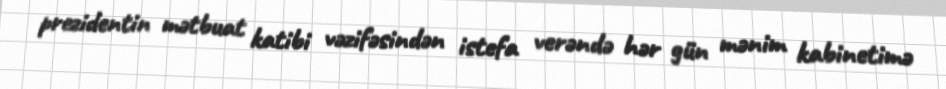
prezidentin mətbuat katibi vəzifəsindən istefa verəndə hər gün mənim kabinetimə